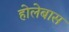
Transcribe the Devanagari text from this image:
होलेबास